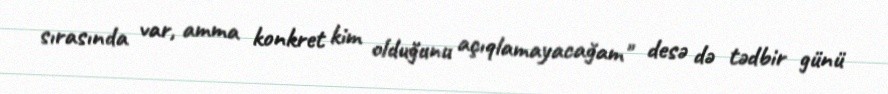
sırasında var, amma konkret kim olduğunu açıqlamayacağam" desə də tədbir günü